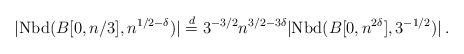
LaTeX: \begin{align*}|\mathrm{Nbd}(B[0,n/3], n^{1/2-\delta})|\stackrel{d}{=} 3^{-3/2} n^{3/2-3\delta} |\mathrm{Nbd}(B[0, n^{2\delta}], 3^{-1/2})| \,.\end{align*}